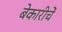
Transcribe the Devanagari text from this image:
बेकारीचें